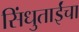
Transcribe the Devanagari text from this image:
सिंधुताईंचा